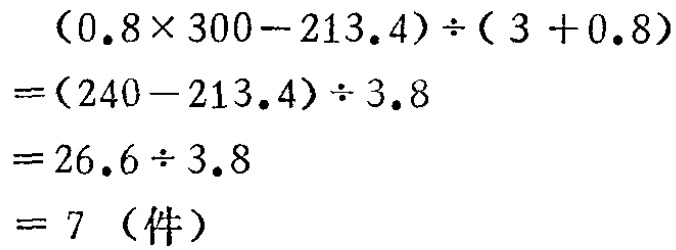
\[
\begin{align*}
&(0.8\times300 - 213.4)\div(3 + 0.8)\\
=&(240 - 213.4)\div3.8\\
=&26.6\div3.8\\
=&7 \text{（件）}
\end{align*}
\]